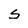
Character: S